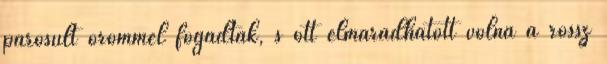
párosult örömmel fogadták, s ott elmaradhatott volna a rossz